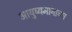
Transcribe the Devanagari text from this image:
आयुष्यमानाच्या